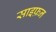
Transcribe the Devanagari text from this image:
साइफ़न